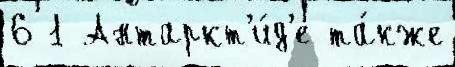
6 1 Антаркт'и́д'е та́кже